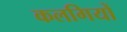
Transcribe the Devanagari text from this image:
कलगियों